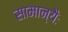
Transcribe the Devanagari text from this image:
सामान्यैः